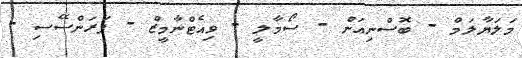
މަލަޔާލަމް - ބޮސްނިއަން - ސޯމާލީ - ވިއެޓްނާމީޒް - ފަރަންސޭސި -